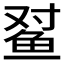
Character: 𲍍